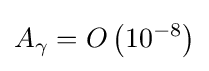
A_{\gamma }=O\left(10^{-8}\right)